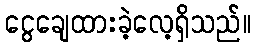
ငွေချေထားခဲ့လေ့ရှိသည်။